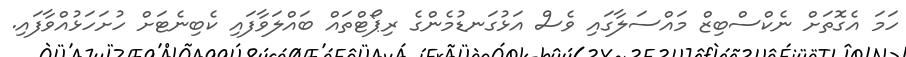
ހަމަ އެގޮތަށް ނެކްސްބިޒް މައްސަލާގައި ވެސް އަޅުގަނޑުމެންގެ ރިޕޯޓްތައް ބައްލަވާފައި ކެބިނެޓަށް ހުށަހަޅުއްވާފައި.